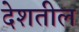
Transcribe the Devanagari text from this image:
देशतील